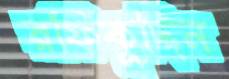
রফিকুদ্দিন